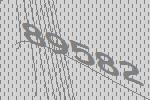
89582